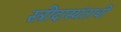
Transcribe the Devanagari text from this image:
स्त्रीदास्यंताची